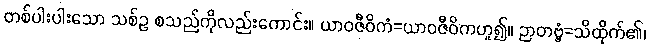
တစ်ပါးပါးသော သစ်ဥ စသည်ကိုလည်းကောင်း။ ယာဝဇီဝိကံ=ယာဝဇီဝိကဟူ၍။ ဉာတဗ္ဗံ=သိထိုက်၏၊